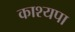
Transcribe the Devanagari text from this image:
काश्यपा